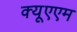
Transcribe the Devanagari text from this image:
क्यूएएम